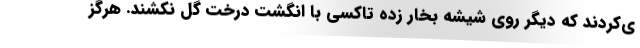
ي‌كردند كه ديگر روي شيشه بخار زده تاكسي با انگشت درخت گل نكشند. هرگز